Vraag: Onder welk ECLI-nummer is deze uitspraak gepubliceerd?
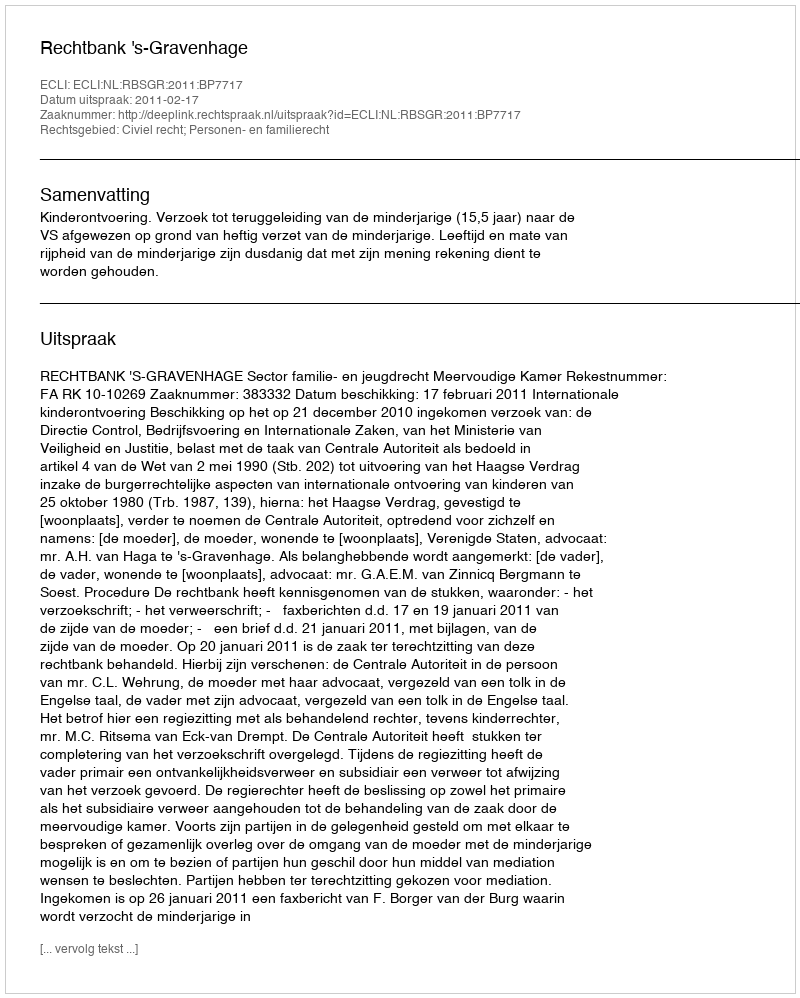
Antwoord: ECLI:NL:RBSGR:2011:BP7717